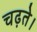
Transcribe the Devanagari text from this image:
चढ़ते।